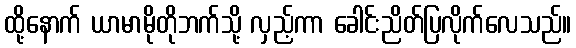
ထို့နောက် ယာမာမိုတိုဘက်သို့ လှည့်ကာ ခေါင်းညိတ်ပြလိုက်လေသည်။